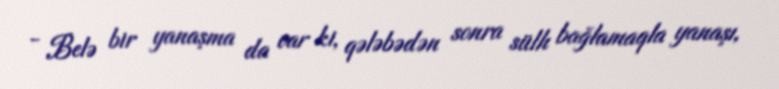
- Belə bir yanaşma da var ki, qələbədən sonra sülh bağlamaqla yanaşı,